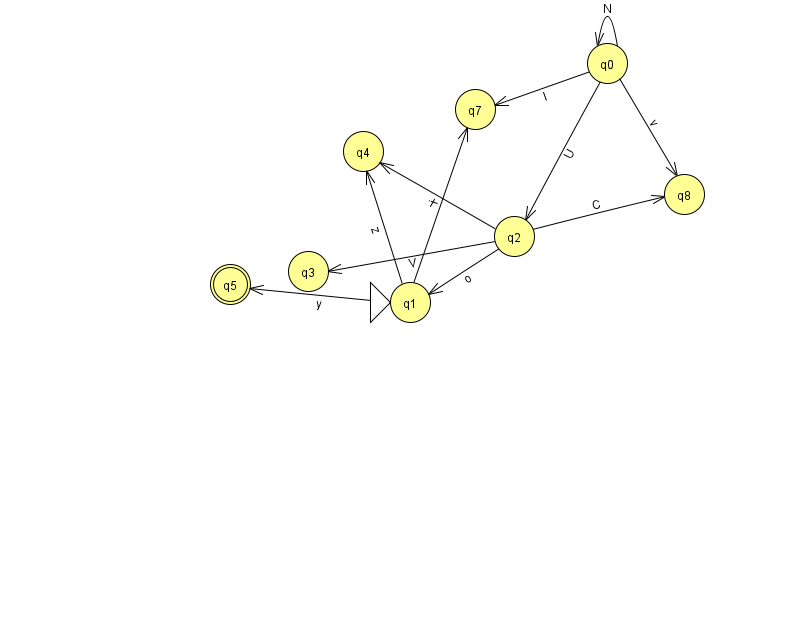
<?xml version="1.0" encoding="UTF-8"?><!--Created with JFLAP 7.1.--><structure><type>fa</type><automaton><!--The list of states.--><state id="0" name="q0"><x>607.0</x><y>50.0</y></state><state id="1" name="q1"><x>410.0</x><y>289.0</y><initial/></state><state id="2" name="q2"><x>514.0</x><y>223.0</y></state><state id="3" name="q3"><x>308.0</x><y>258.0</y></state><state id="4" name="q4"><x>363.0</x><y>138.0</y></state><state id="5" name="q5"><x>230.0</x><y>271.0</y><final/></state><state id="7" name="q7"><x>475.0</x><y>96.0</y></state><state id="8" name="q8"><x>684.0</x><y>181.0</y></state><!--The list of transitions.--><transition><from>0</from><to>2</to><read>U</read></transition><transition><from>1</from><to>7</to><read>i</read></transition><transition><from>1</from><to>4</to><read>z</read></transition><transition><from>0</from><to>8</to><read>v</read></transition><transition><from>2</from><to>8</to><read>C</read></transition><transition><from>1</from><to>5</to><read>y</read></transition><transition><from>2</from><to>1</to><read>o</read></transition><transition><from>0</from><to>7</to><read>l</read></transition><transition><from>2</from><to>4</to><read>I</read></transition><transition><from>0</from><to>0</to><read>N</read></transition><transition><from>2</from><to>3</to><read>V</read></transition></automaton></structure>